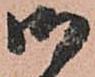
御